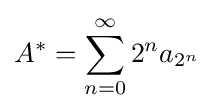
A^{*}=\sum _{n=0}^{\infty }2^{n}a_{2^{n}}